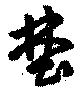
埜